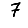
Digit: 7